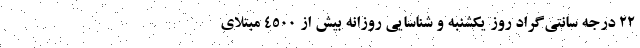
22 درجه سانتی‌گراد روز یکشنبه و شناسایی روزانه بیش از 4500 مبتلای